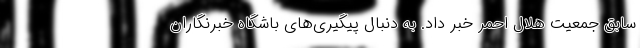
سابق جمعیت هلال احمر خبر داد. به دنبال پیگیری‌های باشگاه خبرنگاران